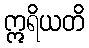
ဣရိယတိ